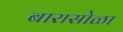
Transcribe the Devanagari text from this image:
बारासोळा